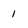
Character: 1